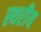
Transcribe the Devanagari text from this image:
स्थरीय